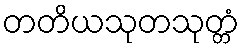
တတိယသုတသုတ္တံ